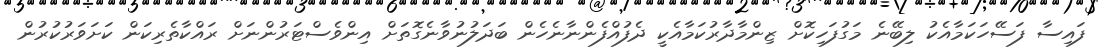
ފައިސާ ފަސޭހަކަމާއެކު ލިބޭނެ މަގުފަހިކޮށް ޒިންމާދާރުކަމާއެކީ ދެފުއްފެންނާނެހެން ބަދަލުނުވާނެގޮތަށް އިންވެސްޓަރުންނަށް ރައްކާތެރިކަން ކަށަވަރުކުރުން